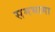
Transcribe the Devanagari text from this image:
समभागा